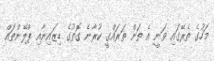
މަހުގެ ތެރޭގައި ވަނީ އެ ތަން ތަރައްގީ ކުރާނެ ގޮތުގެ ޑިޒައިނާއި ޕްލޭންތައް